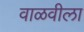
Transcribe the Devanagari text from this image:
वाळवीला